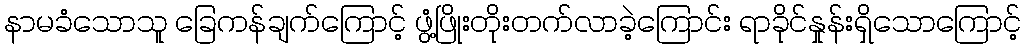
နာမခံသောသူ ခြေကန်ချက်ကြောင့် ဖွံ့ဖြိုးတိုးတက်လာခဲ့ကြောင်း ရာခိုင်နှုန်းရှိသောကြောင့်